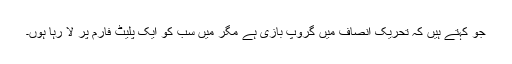
جو کہتے ہیں کہ تحریک انصاف میں گروپ بازی ہے مگر میں سب کو ایک پلیٹ فارم پر لا رہا ہوں۔